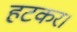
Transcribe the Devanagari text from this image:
हटकर।